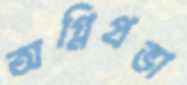
অগ্নিপ্রভা